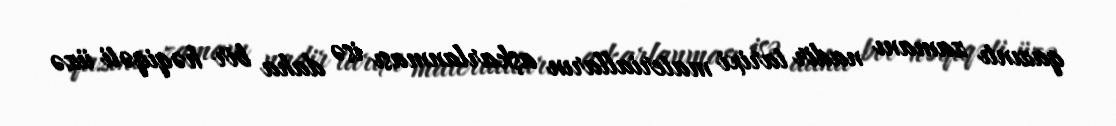
qazıntı zamanı nadir tarixi materialların aşkarlanması isə daha bir həqiqəti üzə